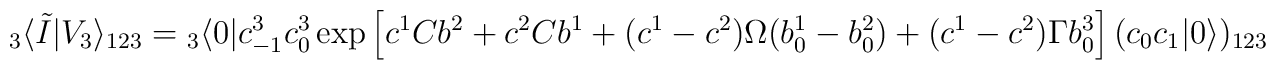
{}_3 \langle \tilde I | V_3 \rangle_{123}={}_3 \langle 0| c^3_{-1} c^3_0 \exp\left[c^1 C b^2 + c^2 C b^1+ (c^1 - c^2) \Omega (b^1_0 - b^2_0) + (c^1 - c^2) \Gamma b^3_0 \right] (c_0 c_1 |0 \rangle)_{123}  \nonumber